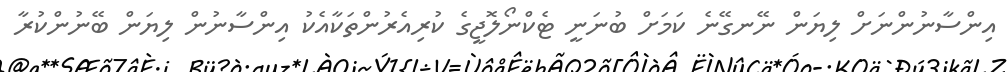
އިންސާނުންނަށް ލިޔަން ނޭނގޭނެ ކަމަށް ބުނަނީ ޓެކްނޯލޮޖީގެ ކުރިއެރުންތަކާއެކު އިންސާނުން ލިޔަން ބޭނުންކުރާ